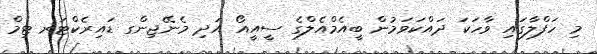
މި ހަފްލާގައި ވާހަކަ ދައްކަވަމުން ބީއެމްއެލްގެ ސީއީއޯ އަދި މެނޭޖިންގ ޑައިރެކްޓަރ ޓިމް